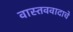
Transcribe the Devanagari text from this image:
वास्तववादाचे